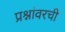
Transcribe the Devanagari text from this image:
प्रश्नांवरची